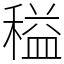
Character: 䅬